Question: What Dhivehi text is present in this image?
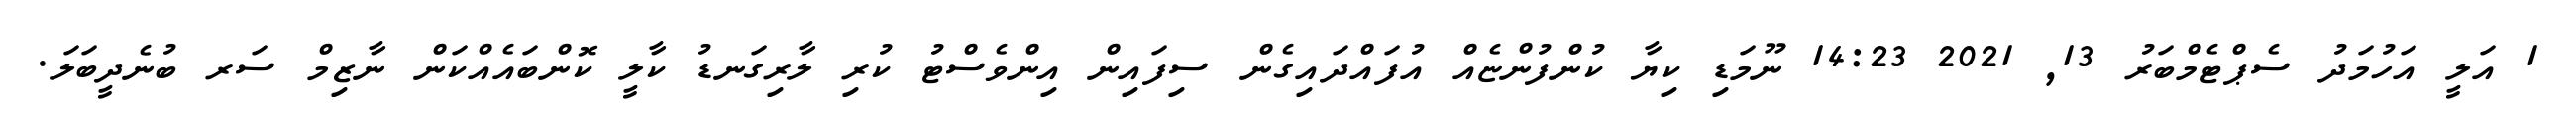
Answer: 1 އަލީ އަހުމަދު ސެޕްޓެމްބަރު 13, 2021 14:23 ނޫމަޑި ކިޔާ ކުންފުންޏެއް އުފައްދައިގެން ސިފައިން އިންވެސްޓު ކުރި ލާރިގަނޑު ކާލީ ކޮންބައެއްކަން ނާޒިމް ސަރ ބުނެދީބަލަ.